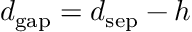
d _ { \mathrm { { g a p } } } = d _ { \mathrm { { s e p } } } - h